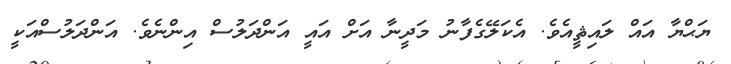
ޔަޙްޔާ އައް ލައިޘީއެވެ. އެކަލޭގެފާނު މަދީނާ އަށް އައީ އަންދަލުސް އިންނެވެ. އަންދަލުސްއަކީ